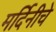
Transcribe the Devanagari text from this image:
मर्दिनीचे